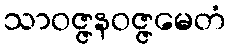
သာဝဇ္ဇနဝဇ္ဇမေတံ